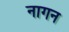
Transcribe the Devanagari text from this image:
नागन